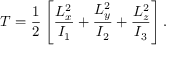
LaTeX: T = { \frac { 1 } { 2 } } \left[ { \frac { L _ { x } ^ { 2 } } { I _ { 1 } } } + { \frac { L _ { y } ^ { 2 } } { I _ { 2 } } } + { \frac { L _ { z } ^ { 2 } } { I _ { 3 } } } \right] .